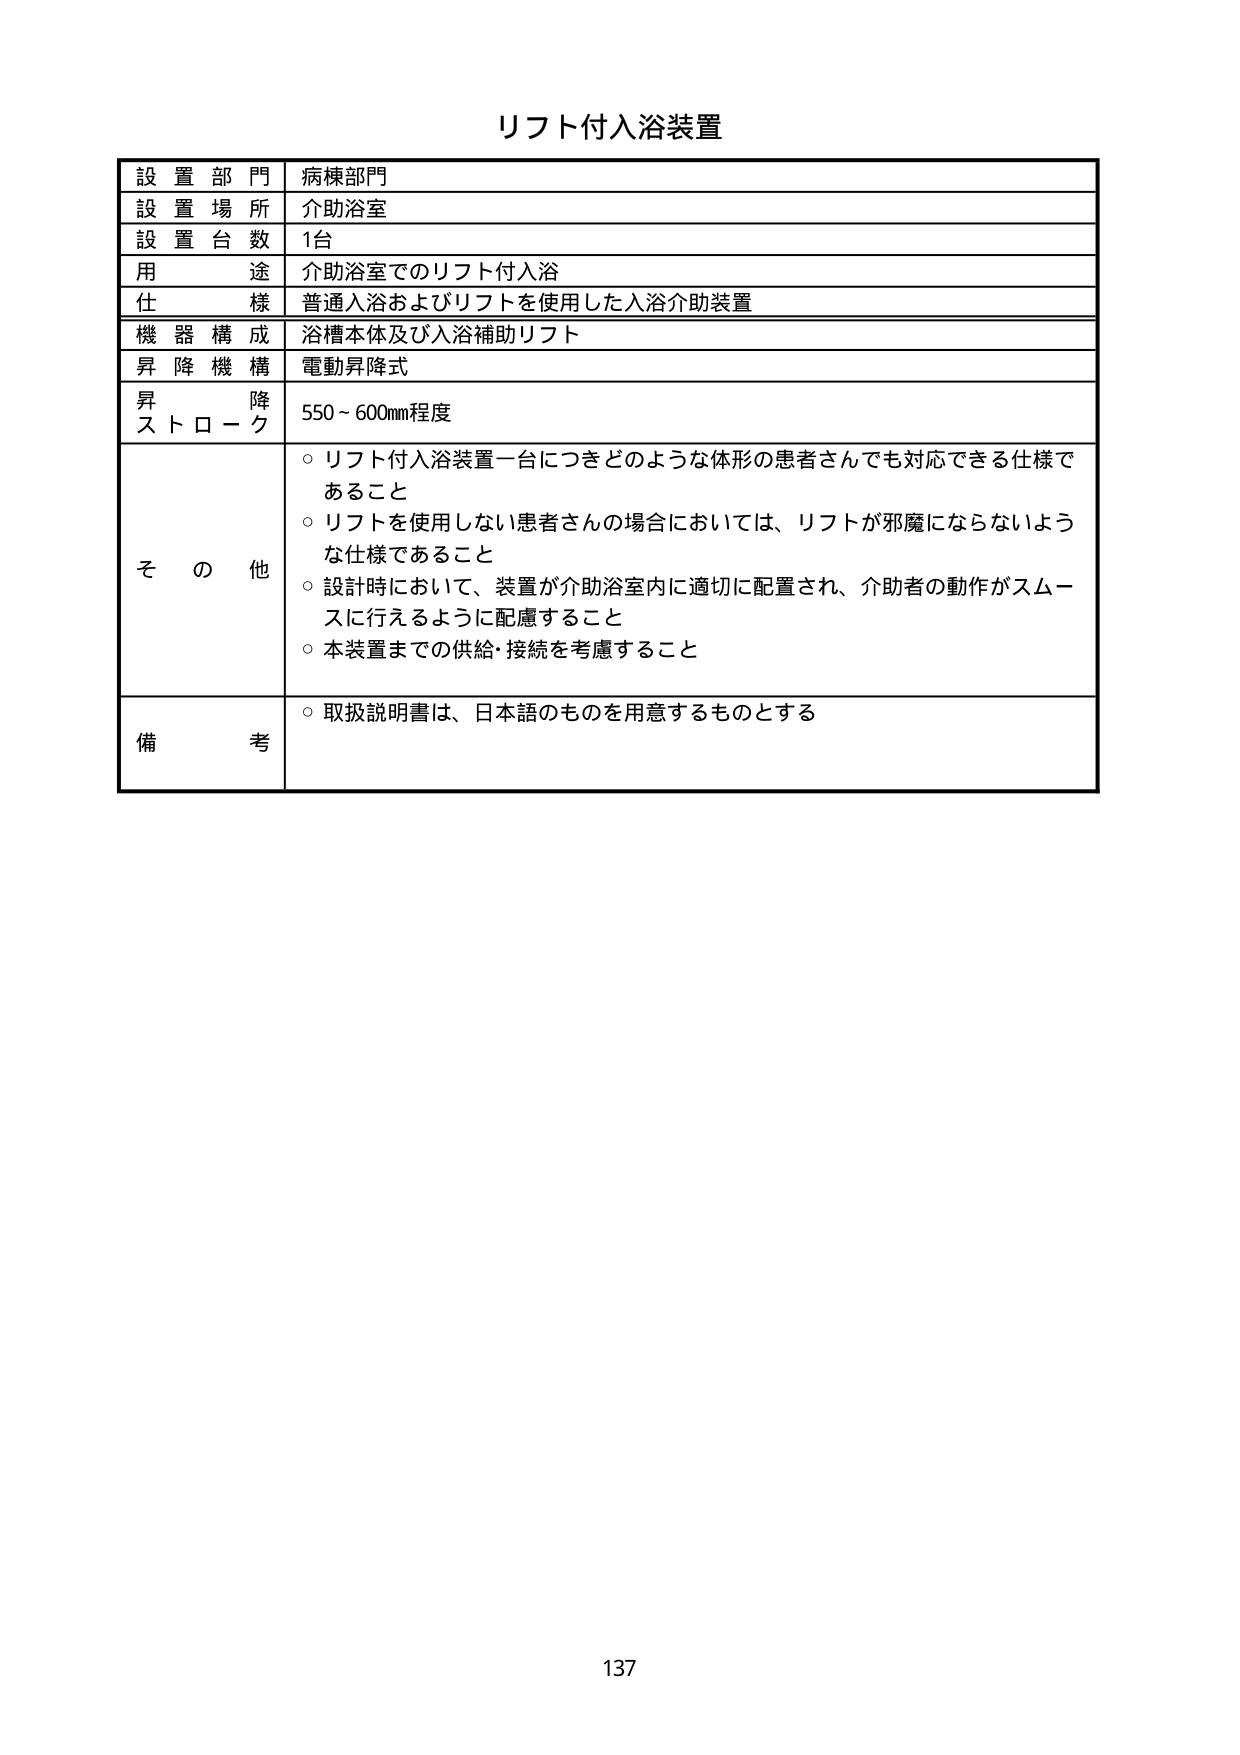
リフト付入浴装置

設置部門 病棟部門
設置場所 介助浴室
設置台数 1台
用途 介助浴室でのリフト付入浴
仕様 普通入浴およびリフトを使用した入浴介助装置
機器構成 浴槽本体及び入浴補助リフト
昇降機構 電動昇降式
昇降ストローク 550～600mm程度

その他
○ リフト付入浴装置一台につきどのような体形の患者さんでも対応できる仕様であること
○ リフトを使用しない患者さんの場合においては、リフトが邪魔にならないような仕様であること
○ 設計時において、装置が介助浴室内に適切に配置され、介助者の動作がスムーズに行えるように配慮すること
○ 本装置までの供給・接続を考慮すること

備考
○ 取扱説明書は、日本語のものを用意するものとする

137